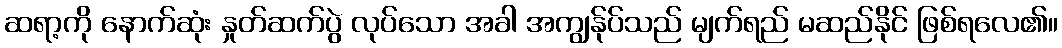
ဆရာ့ကို နောက်ဆုံး နှုတ်ဆက်ပွဲ လုပ်သော အခါ အကျွန်ုပ်သည် မျက်ရည် မဆည်နိုင် ဖြစ်ရလေ၏။